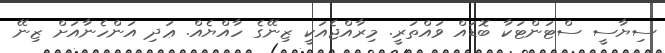
ސިޔާސީ ސްޓަންޓަކާ ބޮޑައް ވައްތަރީ. މިރާއްޖެއަކީ ޒިނޭގެ ހާއްޔެއް. ޢަދި އަންހެނާއަށް ޒިނޭ